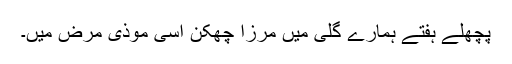
پچھلے ہفتے ہمارے گلی میں مرزا چھکن اسی موذی مرض میں۔